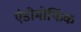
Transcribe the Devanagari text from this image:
एंडोमोर्फिक